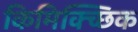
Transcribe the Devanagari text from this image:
किमिक्च्छिक